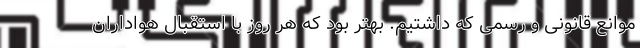
موانع قانونی و رسمی که داشتیم. بهتر بود که هر روز با استقبال هواداران